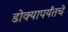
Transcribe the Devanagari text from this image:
डोक्यापर्यंतचे